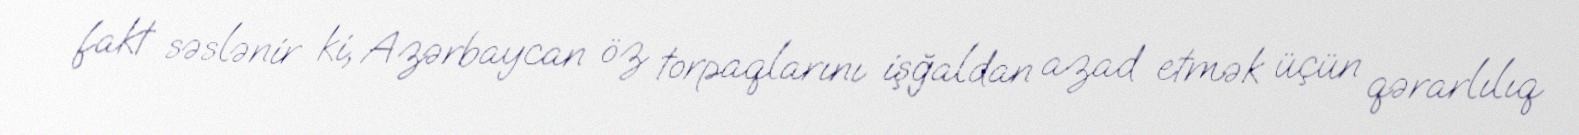
fakt səslənir ki, Azərbaycan öz torpaqlarını işğaldan azad etmək üçün qərarlılıq